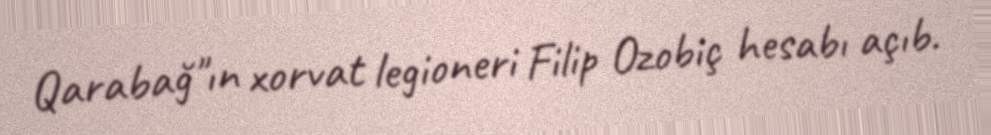
Qarabağ"ın xorvat legioneri Filip Ozobiç hesabı açıb.